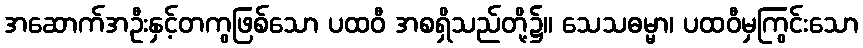
အဆောက်အဦးနှင့်တကွဖြစ်သော ပထဝီ အစရှိသည်တို့၌။ သေသဓမ္မာ၊ ပထဝီမှကြွင်းသော